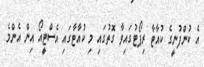
އެ ކުންފުނީގެ ކުއާޓާ ރިޕޯޓުގައިވާ ގޮތުގައި މި ކުއާޓާގައި އެސްޓީއޯ އިން އެންމެ